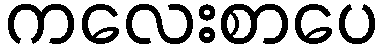
ကလေးစာပေ